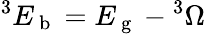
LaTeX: ^3E_{\mathrm{~b~}}=E_{\mathrm{~g~}}-{}^{3}\Omega